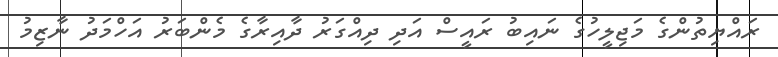
ރައްޔިތުންގެ މަޖިލީހުގެ ނައިބު ރައީސް އަދި ދިއްގަރު ދާއިރާގެ މެންބަރު އަހްމަދު ނާޒިމު